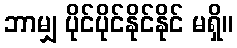
ဘာမျှ ပိုင်ပိုင်နိုင်နိုင် မရှိ။